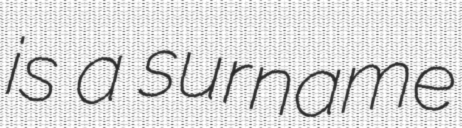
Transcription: is a surname